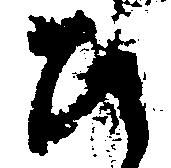
ひ